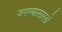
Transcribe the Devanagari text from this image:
जगण्यासारखे